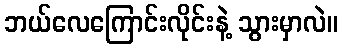
ဘယ်လေကြောင်းလိုင်းနဲ့ သွားမှာလဲ။